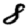
Digit: 8